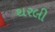
થરલી